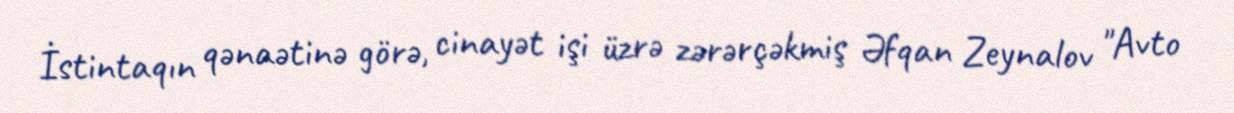
İstintaqın qənaətinə görə, cinayət işi üzrə zərərçəkmiş Əfqan Zeynalov "Avto